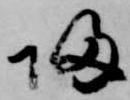
帰